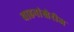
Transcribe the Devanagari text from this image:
वाहनांखेरीज